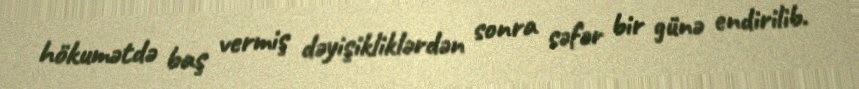
hökumətdə baş vermiş dəyişikliklərdən sonra səfər bir günə endirilib.